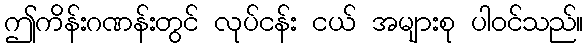
ဤကိန်းဂဏန်းတွင် လုပ်ငန်း ငယ် အများစု ပါဝင်သည်။